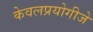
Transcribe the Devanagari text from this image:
केवलप्रयोगीजे